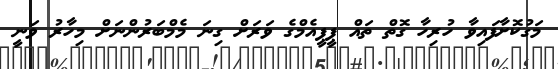
މަގުކޮށާފައިވާ ހުރިހާ ގޮތް ތައް ޕީޕީއެމްގެ ވަރަށް ގިނަ މެމްބަރުންނަށް މިހާރު ވަނީ